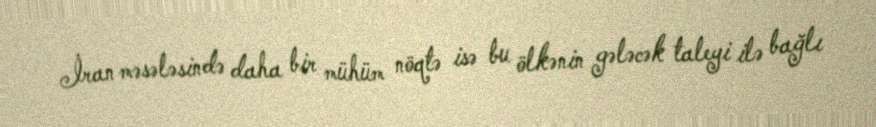
İran məsələsində daha bir mühüm nöqtə isə bu ölkənin gələcək taleyi ilə bağlı